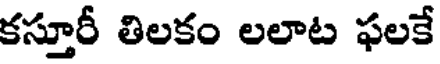
కస్తూరీ తిలకం లలాట ఫలకే